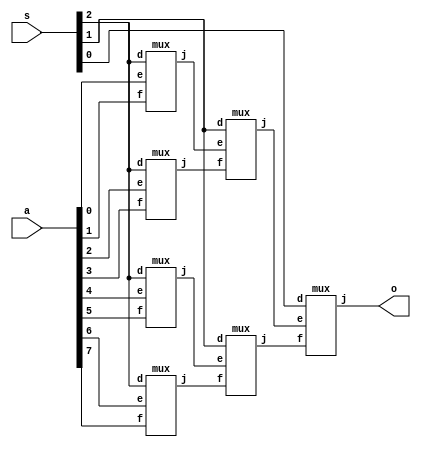
module mux81(a,s,o);
input [7:0] a;
input [2:0] s;
output o;
wire x,y,z,q,u,l;

mux m1(a[0],a[1],s[2],x);
mux m2(a[2],a[3],s[2],y);
mux m3(a[4],a[5],s[2],z);
mux m4(a[6],a[7],s[2],q);
mux m5(x,y,s[1],u);
mux m6(z,q,s[1],l);
mux m7(u,l,s[0],o);

endmodule

module mux(e,f,d,j);
input e,f;
input d;
output j;

assign j= d ? f:e ;
endmodule

module test();
reg [7:0] a;
reg [2:0] s;
wire o;


mux81 DUT (.a(a),.s(s),.o(o));
initial begin 
#10;
a=8'b10010011;
s=3'b101;
#10;
a=8'b11111000;
s=3'b111;
#10;
a=8'b10101010;
s=3'b100;
#10;
a=8'b11111111;
s=3'b001;
#10;
a=8'b1101001;
s=3'b001;
#10;
a=8'b01101001;
s=3'b011;
end 

initial begin
$monitor("time=%0t, A=%b, S=%b ,OUTPUT=%b", $time, a, s, o);
     $dumpfile("mux81.vcd");
     $dumpvars();
end
endmodule